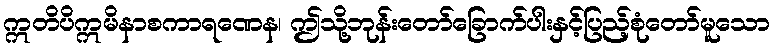
ဣတိပိဣမိနာစကာရဏေန၊ ဤသို့ဘုန်းတော်ခြောက်ပါးနှင့်ပြည့်စုံတော်မူသော